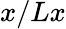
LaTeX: x/Lx